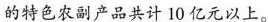
的特色农副产品共计10亿元以上。